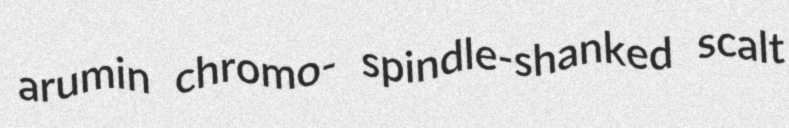
arumin chromo- spindle-shanked scalt